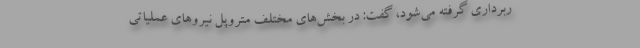
ربرداری گرفته می‌شود، گفت: در بخش‌های مختلف متروپل نیروهای عملیاتی